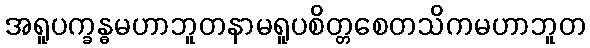
အရူပက္ခန္ဓမဟာဘူတနာမရူပစိတ္တစေတသိကမဟာဘူတ